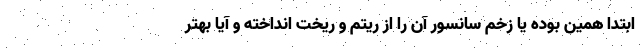
ابتدا همین بوده یا زخم سانسور آن را از ریتم و ریخت انداخته و آیا بهتر